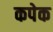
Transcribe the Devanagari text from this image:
कपेक